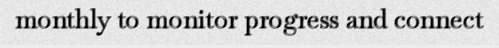
monthly to monitor progress and connect